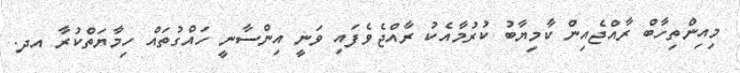
މިއިންތިހާބް ރާއްޖެއިން ކާމިޔާބު ކުރުމާއެކު ރާއްޖެވެފައި ވަނީ އިންސާނީ ހައްގުތައް ހިމާޔަތްކުރާ އދ.